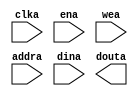
module ram_16x1k_sp (
  clka,
  ena,
  wea,
  addra,
  dina,
  douta
);

  input clka;
  input ena;
  input [1 : 0] wea;
  input [9 : 0] addra;
  input [15 : 0] dina;
  output [15 : 0] douta;

  // WARNING: This file provides a module declaration only, it does not support
  //          direct instantiation. Please use an instantiation template (VEO) to
  //          instantiate the IP within a design.

endmodule